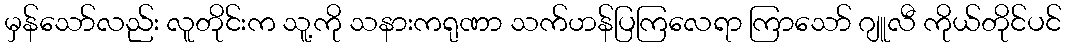
မှန်သော်လည်း လူတိုင်းက သူ့ကို သနားကရုဏာ သက်ဟန်ပြကြလေရာ ကြာသော် ဂျူလီ ကိုယ်တိုင်ပင်